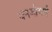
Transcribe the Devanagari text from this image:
धनजीभाई